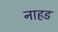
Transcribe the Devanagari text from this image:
नाहड